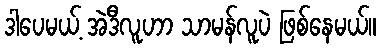
ဒါပေမယ့် အဲဒီလူဟာ သာမန်လူပဲ ဖြစ်နေမယ်။